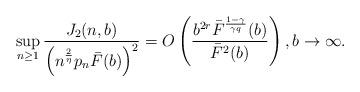
LaTeX: \begin{align*} \sup_{n \geq 1}\frac{J_2(n,b)}{\left(n^{\frac{2}{\eta}}p_n\bar{F}(b)\right)^2} = O \left( \frac{b^{2r}\bar{F}^{\frac{1-\gamma}{\gamma q}}(b)}{\bar{F}^2(b)}\right), b \rightarrow \infty. \end{align*}